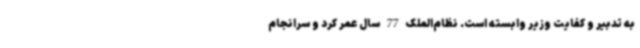
به تدبیر و کفایت وزیر وابسته است. نظام‌الملک 77 سال عمر کرد و سرانجام